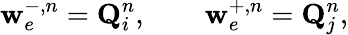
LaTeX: \mathbf{w}_{e}^{-,n}=\mathbf{Q}_{i}^{n},\qquad\mathbf{w}_{e}^{+,n}=\mathbf{Q}_{j}^{n},